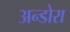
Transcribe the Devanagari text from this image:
अन्डोरा